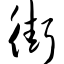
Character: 街